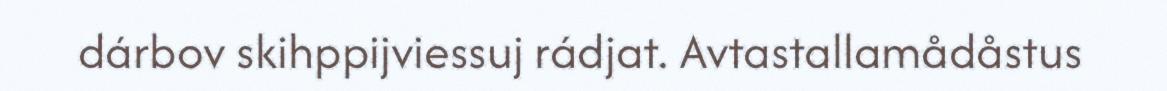
dárbov skihppijviessuj rádjat. Avtastallamådåstus